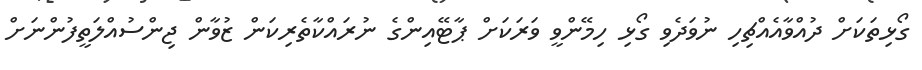
ގޯޅިތަކަށް ދުއްވާއެއްޗިހި ނުވަދެވި ގޯޅި ހިމޭންވީ ވަރަކަށް ޕާޓޭއިންގެ ނުރައްކާތެރިކަން ޒުވާން ޖިންސުއްލަތީފުންނަށް